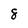
Character: 8